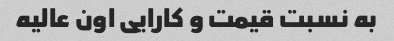
به نسبت قیمت و کارایی اون عالیه